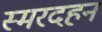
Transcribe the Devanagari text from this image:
स्मरदहन